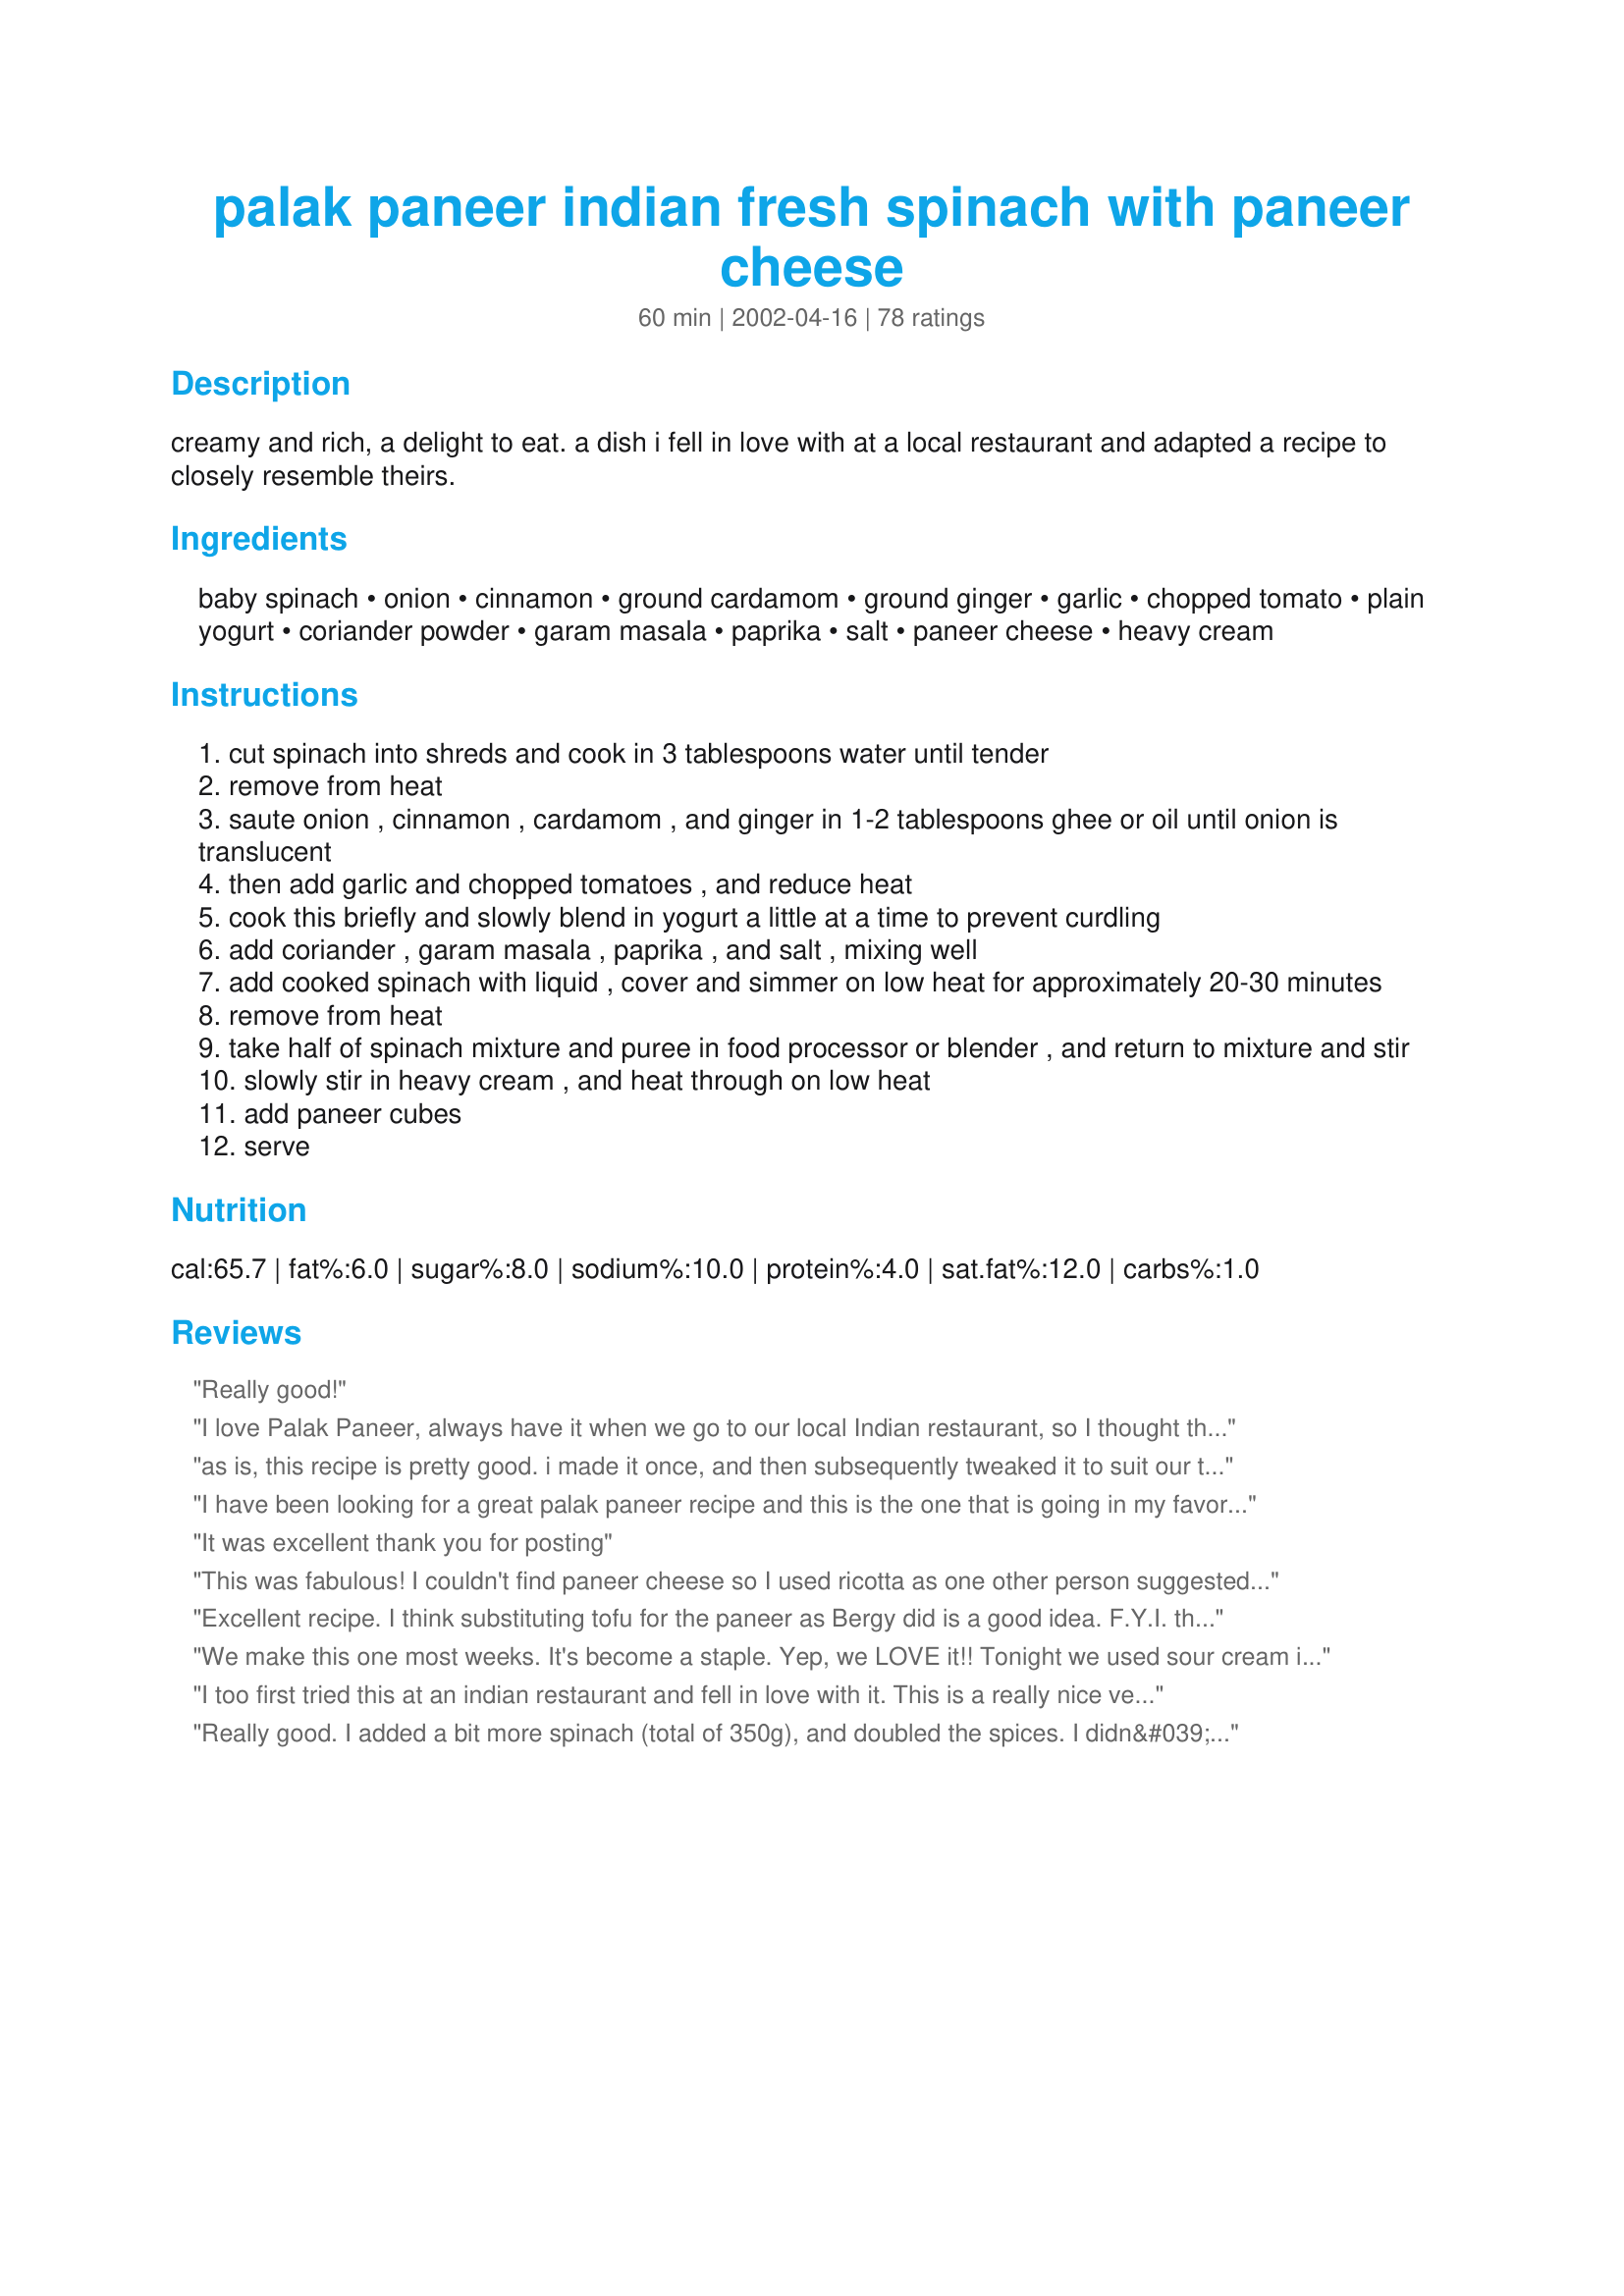
palak paneer indian fresh spinach with paneer cheese
Preparation time: 60 minutes

creamy and rich, a delight to eat. a dish i fell in love with at a local restaurant and adapted a recipe to closely resemble theirs.

Ingredients:
baby spinach, onion, cinnamon, ground cardamom, ground ginger, garlic, chopped tomato, plain yogurt, coriander powder, garam masala, paprika, salt, paneer cheese, heavy cream

Steps:
cut spinach into shreds and cook in 3 tablespoons water until tender
remove from heat
saute onion , cinnamon , cardamom , and ginger in 1-2 tablespoons ghee or oil until onion is translucent
then add garlic and chopped tomatoes , and reduce heat
cook this briefly and slowly blend in yogurt a little at a time to prevent curdling
add coriander , garam masala , paprika , and salt , mixing well
add cooked spinach with liquid , cover and simmer on low heat for approximately 20-30 minutes
remove from heat
take half of spinach mixture and puree in food processor or blender , and return to mixture and stir
slowly stir in heavy cream , and heat through on low heat
add paneer cubes
serve

Reviews:
Really good!
I love Palak Paneer, always have it when we go to our local Indian restaurant, so I thought the time had come to try making it myself......mmm, this was wonderful, thoroughly enjoyed it, and found it very straightforward to prepare. Like some of the others, I didnt pre-cook the spinach, otherwise I stuck to the recipe.

Thank you for a very user-friendly recipe and a wonderful meal!
as is, this recipe is pretty good. i made it once, and then subsequently tweaked it to suit our tastes more. i omitted the paprika and added an equivalent amount of cayenne powder. i also used 3/4tsp each of cumin seeds and mustard seeds and sauteed it along with the onion. i then added the spinach directly to the onion, tomato and spices (i didn't see the need to cook the spinach separately). i also pureed all the spinach and added 4tbsp of half and half at the end of cooking, instead of the yoghurt, this way it turned out super-creamy. it was perfect this way, and i will be making it with these modifications in future.
I have been looking for a great palak paneer recipe and this is the one that is going in my favorites-of-all-time recipe box! Thanks!
It was excellent thank you for posting
This was fabulous! I couldn't find paneer cheese so I used ricotta as one other person suggested. I will definitely make this one again!
Excellent recipe. I think substituting tofu for the paneer as Bergy did is a good idea. F.Y.I. the paneer is very much like tofu and doesn't absorb much flavor. Palak Paneer is one of my favorites at restaurants and I'm glad with to have found this easy recipe. I omitted the tomato (can't eat fresh toms and didn't want to open a can) and left out the paprika because it gives me hives. I also didn't puree part of the spinach just hacked it fine with a sharp spatula. Yum! Thanks!
We make this one most weeks. It's become a staple. Yep, we LOVE it!!
Tonight we used sour cream instead of cream, this made the sauce thicker and we liked it even more. We'll be doing this from now on.
I too first tried this at an indian restaurant and fell in love with it. This is a really nice version of the dish, but a lot milder and less spicy than my local restaurant. I like using fresh ginger and coriander as opposed to dried. I think next time I will add some chopped fresh green chillies to make it hotter.
Really good. I added a bit more spinach (total of 350g), and doubled the spices. I didn&#039;t have ginger so i used allspice instead. It was seriously easy to make and delicious, quite authentic. Just adjust to your taste. I would use more chilli and garlic but that&#039;s just because I really like them.
Just comments this time as the recipe works beautifully but was just not quite what I was looking for! The palak paneer I fell in love with was medium hot and featured fresh cilantro, so I followed the recipe but added red pepper flakes and cilantro. That didn't quite do the trick, I think I need to up all the other spices too next time! Still, this recipe will make a wonderful base for me in trying to recreate the hotter version, thanks for sharing!
This was great!I made a healthier version- used tofu, and used 4 tbs of milk and 1 tbs of half-and -half instead of cream and yogurt (didn't have them in my fridge). it came out better than I thought. The taste was milder than I remembered it to be. Maybe because I used curry powder instead of Garam masala ( didn't have it in my pantry either!)Will definitely try this again with Garam Masala.This was the healthiest version of Palak paneer I ever eaten!
I'll admit it: my first introduction to palak paneer was the frozen dish at Trader Joe's. I do not eat frozen meals, but due to a busy lifestyle, I thought I'd try it. I liked it so much I just knew the home made version would be amazing. This is exactly what I was looking and hoping for. Amazing! As I was cooking I learned that I had no paprika, so I used 1/4 teaspoon of cayenne pepper. This recipe is awesome! Thank you food.com!
This Palak Paneer recipe was very good. I only had my heart set on the taste of the palak paneer my indian restaurant around the corner cooks...
I've tried several Palak Paneer recipes, but this is by far the most authentic tasting, and it is the easiest. I made it exactly as listed, but I used canned tomatoes for added salt (homemade Indian food always needs more salt to me) and I used FF half/half instead of heavy cream. I make this with Naan by pattikay, cucumber raita also by Sue L, and serve it over instant basmati rice. It is mine and my husband's favorite meal of all time. Because we can't get premade paneer in our small town, we make it. Kusum Gupta's Paneer is the easiest on this site. Good luck, happy eats, and have fun! Thanks Sue!
Really fantastic, delicious. Couldn't get better at a restaurant. I made my own fat-free paneer for this and followed the recipe to a T. Next time I will add some cayenne for some heat. I don't think it makes 6 servings though--not for an entree anyway. It came out to 2-3 modest portions. This is a major keeper!
It was a tasty dish. Next time I will not cook it as long after I add the yogurt as I only cooked it 15 minutes on very low heat, stirring twice, but the yogurt started to curdle. You don't need to cook the mixture 20-30 minutes. I used fat free half and half instead of heavy cream to lighten the dish and it still turned out great. Also, although untraditional, I would add some small pieces of cauliflower to this recipe next time. I think that flavor profile would blend well with this dish. It is not too spicy.
Fantastic recipe. I like this much better than our local Indian restaurant's palak paneer. I think I added a little more cream because I had to warm it longer at the end (I could only find frozen paneer.) I used normal spinach leaves, and it made it stringy so next time I'll be sure to find the baby spinach. I feel about twenty pounds overweight from dinner, but fiance and I really loved this. Thanks!!
Oh wow, this was wonderful. I'm not sure the spice blend was as bright as it could have been (if I'd used fresh ginger and toasted/ground my own whole spices), but for an Indian recipe out of my preground-spice pantry, this was amazing. I've always wondered how the restaurants make velvety smooth palak paneer, and now I know: the food processor is my new best friend with spinach! I substituted soft tofu for paneer, to make this easier for my mother to swallow, and I it worked great.
This was great! I used frozen spinach and pureed all of it, but otherwise followed the recipe. A fast and uncomplicated recipe.
Fantastic! I love this recipe. It was not difficult and the results were great. I followed the recipe as written and thought it turned out great. Just as good or better than what I get at my local resturant.
Not exactly what I was looking for, but still pretty tasty. I used whole coriander, and didn't care for the seeds/texture (my fault). Going to try this one again but adjust the spices a little. If you can't find the paneer, an excellent substitute is Mexican Queso Blanco (aka queso fresco) - the texture & taste is very similar.
Great recipe! Pretty much like what you would get for 9$ at an Indian restaurant. I used freshly made garam masala and did not precook the spinach. Didn't have any yogurt so omitted it, although it was still really creamy without. Also substituted tofu for the paneer (yes, not as delicious but healthier, and I needed to use some up). Nicely subtle in the spices. This amount fed two of us; I would probably say serves 2-4 with rice/naan, maybe 6 if you are serving other dishes.
Yum! I veganized this by using coconut milk and a tablespoon of tofutti fake sour cream in place of the yogurt and cream, and tofu marinated in soy sauce and fried (not sure how necessary the frying was, will try it without next time) in place of the paneer. It's wonderful, and I'm dissapointed there won't be leftovers!
This was lovely -- it was not too creamy or overly rich but instead had a very fresh spinach taste, balanced with the cream and tang of yogurt. Spicing is really great, not overkill. I followed this recipe and used the paneer recipe that I found elsewhere on recipezaar. We also had the spiced chickpeas from yogi, and a raita and it was a great meal. Our two year old asked for seconds of everything. Thank you for a super recipe.
One of my favourite dishes in authentic Indian restaurants. This is fast and simple, and tastes great. I modified it according to what I had - like using milk instead of cream, and chili powder instead of paprika. I also added more spinach as per my own personal preferences. This is definitely on the repeat list.
I thought this recipe was very mild as written - with a delicate flavor. Using 1/4 teaspoon of spices what not enough for my tastes. After following the recipe exactly, I had to double and finally triple all the spices and add mustard seeds and cumin (as another reviewer suggested) to make this an outstanding dish comparable to those I've eaten out. I also had to add some sea salt - although salt isn't listed in the ingredients. Salt also helped bring out the lovely flavors of the spinach, paneer and spices.
The only adjustment I made was to use fat free half & half in place of heavy cream. This made the dish suitable for a client who wanted a "lighter" version of this dish.
This palak paneer is WONDERFUL! My husband makes the paneer himself, and as making the meal is quite a process, it is reserved for special occassions. But the spices are perfect and the flavor is divine. I agree with another reviewer in that it is far superior to any we have found so far in an Indian restaurant. We use frozen spinach instead of fresh, and it works beautifully. I highly recommend this one and will definitely be checking out Sue's other recipes!
A keeper, though I used two 9 oz. bags of baby spinach. Other ingredients as written. <br/>Second time, it doubled very nicely, using two large boxes of organic baby spinach. I used a hand blender before adding the paneer and it turned a quite soupy mixture into just the right texture. Extremely well received.
I had this last night for dinner over rice and it was excellent! I used all organic ingredients and made my own panir which I fried in ghee with a bit of turmeric before adding it to the dish. I'll be having this again for sure... no need to change a thing.
I made half a recipe for the two of us and it was great. Loved all the flavors and how they meld together. I made homemade paneer Recipe #207389 to use in the recipe. Served with Recipe #277765, Naan plus puppodums as an appetizer.
This was the tastiest saag paneer / palak paneer I've ever had. We loved it! The changes I made were as follows: Per another user's suggestion we added some cumin. I also fried the cubees of paneer in oil until they browned, before adding them to the recipe. 

Some problems with the recipe itself: I was unclear of whether "coriander" referred to the dried seeds, the dried powder, or fresh cilantro. So I used less than a tablespoon of dried coriander powder and added 1/4 cup of minced fresh cilantro. Also, ghee should be listed in the ingredients list. I needed 2+ tbsp to keep it from sticking to the pot.

I highly recommend this recipe!

Sue, you were right, we both really enjoyed this! It's *slightly* less rich than what we're used to in the restaurants, but that certainly doesn't have to be a bad thing and it's a "tweakable" recipe if one so desires. And I love that you can actually taste the spinach! I fried the paneer in 1 tsp ghee, but otherwise made the recipe as written. Thank you so much for a recipe I can rely on when the craving hits!
Loved this. Made the following changes. Used 1 10 oz package of frozen spinach, defrosted but not drained. I think though next time, I will use half the amount of paneer, and a little bit less coriander.
A perfect combo of spices lets us enjoy the authentic taste of this subzi.
It is fabulous! I always add a little extra salt at the end and it just sets the flavor off perfectly!I also use nonfat cream yogurt to make it a little healthier and is still tastes fab. My family now always requests this to be among the dishes when I am cooking an indian dinner!
We absolutely love this recipe and have made it several times for guests. I use half and half instead of the heavy cream. It freezes really well to reheat for lunch. Both our Indian and American friends give this one two thumbs up!
Very yummy and a hit with the whole family including the 7, and 4 year old and 9 month old baby. Quite mild so if I was making it for myself I would probably add a chilli pepper.
This recipe is okay, though it doesn't taste anything like palak paneer from any Indian restaurant I've been to. I can't quite pinpoint the differences other than that it doesn't taste like true palak paneer. I found the dish needed some salt and something else, though I'm not sure what that is. I probably won't use this recipe again.
This was fantastic! Needed a fast dinner (pulled over in the grocery store parking lot and searched for a fast Indian food recipe) and this delivered. I omitted the paneer (might add fried or baked tofu cubes next time) and didn&#039;t have yogurt, but otherwise followed the recipe exactly. It was really fantastic. Next time I won&#039;t cook the spinach first - just throw it into the pot when you&#039;re supposed to add the cooked spinach. It&#039;ll cook down just fine and save you some time and an extra pan to clean. I also don&#039;t need to blend the mixture since it cooked down enough to be very soft. Excellent recipe and quite healthy. It&#039;s really just a lot of spinach and spices, plus heavy cream. &lt;br/&gt;&lt;br/&gt;Also, this was NOT 6 servings. I&#039;d double this recipe easily next time for 4 servings. Spinach cooks down a LOT.
I am not giving any stars to this recipe because I subbed ingredients. I had never had Paneer cheese so I google it to see if there was a substitute - yes they said firm tofu. so having this on hand I made the recipe using tofu. I had to change the cooking method because the tofu needs to absord flavor. I browned the onions with the cinnamon, cardamon, ginger & tofu on a lightly sprayed fry pan. Then added garlic & chopped tomatoes. Mixed the garam marsala, coriander & paprika with the yogurt (I used 2% yogurt) added a bit more yogurt than called for and used no cream. The end result was delicious - Thanks Sue for inspireing me
Thanks for a great recipe. I omitted the paprika and added some chile. Loved it :)
Wife and I loved it - restaurant quality
Super easy and finger licking good!!! Thanks so much for sharing, this will sure be on my list for any dinners i host.
This is a very good recipe. I've never made palak paneer before in my life but wanted to make it for a potluck. I would have liked it more creamier but the taste of the spinach was definitely wonderful. I too used frozen spinach and didn't cook the spinach separately. Overall it turned out very good and was gobbled up with lots of compliments. Thanks for posting such a great recipe, next time i plan on using more cream.
I agree, more cream is needed and it could use a bit more heat. Also, I used regular frozen spinach and it was stringy and also got strings all caught up in my immersian blender. I replaced yoghurt with sour cream as well, and I think that was fine.
Made it as written - lovely!
WOW!!! I want to give this recipe a zillion stars..this was my first attempt at Palak Paneer and it was a hit with my hubby (a man who is in love with Punjabi food). I tweeked the recipe by adding the cinnamon stick (instead of powder), added whole cardamom pieces and used half & half instead of cream..otherwise everything stayed the same..thanks again for a yummy recipe. Note: make this 1 day before you intend on serving it..the flavors come together beautifully the next day!!
Yummy recipe! Had this for dinner tonight. I'm going to have to make more paneer tomorrow to have with the rest of the spinach! I also didn't know paneer was so easy to make. I love this dish at an Indian restaurant, and am so glad I can now make it at home. Thanks for a great recipe.
I love Indian food, but don't normally find that I have the time to spend over an hour on dinner. This recipe is easy to put together and delicious. My DH who "hates" Indian food and cooked spinach loved this. I didn't have the time to make paneer, so I added cubed firm tofu 10 minutes into the simmering time. I also didn't puree any of the mix. Great recipe! Thanks!
This was a delicious dish. I wanted to use this more as a side dish to a Rogan Josh curry so I cooked the spinach only about 10 minutes and did not puree any of it in the blender, otherwise followed directions as listed with the addition of cumin as well. Wonderful!
Bad can't eat
Very tasty dish. This was so much better than the frozen palak paneer I used to eat before. The spices were balanced just right and not too spicy even with the addition of red chili powder. Like others, I made a few changes to the recipe. I used frozen chopped spinach, added about 1/2 tsp of ground cumin, substituted red chili powder for the paprika, and half and half in place of heavy cream. I used a hand mixer to partially puree the the mixture since I didn't want it too runny. This can be a pretty good base for other recipes too. Next time I'll try adding chicken and other vegetables like potatoes. Thank Sue for a great recipe!
We loved it! The recipe was easy to follow, and I never thought that I could cook serious Indian dish at home. Thank you for posting, and all the other reviews helped as well. We like spices, so I added cumin and cayenne, grounded coriander, and topped with cilantro. I confess to using frozen chopped spinach (thawed), and stuck to 1/2 to be pureed since we like having a bit stewy. I didn't have paneer handy, so I came up with firm tofu cut into cubes and added it right after cream (used half & half) to let the tofu cubes soak up the flavor. It came out lovely, and the tofu had similar to paneer (but milder, of course). If anyone wants to attempt that, I recommend to drain tofu thoroughly first, and wrap with paper towel(s) with a bit of weight on top, while sauce is being prepared. Served it with basmati rice, naan, and raita to make a full meal. Yummy!
This recipe is great! I have never had this dish before but we like spinach, and Indian food (so far), and know it is popular. I am glad we did, it is like creamed spinach, with some spice. Although I might increase the spices a little, and maybe add others, such as nutmeg. I used homemade paneer and frozen chopped spinach, which made pureeing it unnecessary; it was the perfect consistency! Thank you very much
This is a really tasty recipe. I used Stinging Nettles in place of the spinach but followed the recipe pretty much exactly as written. I think I'll add a bit more spice next time as I like this with a stronger flavour. I served it with a combo of wild and brown rice. Thanks for posting I'll make this again.
I have tried 4 or 5 other recipes and found this is the best
This was delectable, and low cal! My husband and I switched the paneer with firm tofu and enjoyed every bit. Thanks!
Thanks for a great recipe that tastes great and is so easy to prepare! I substituted frozen spinach and diced some whole peeled tomatos because I did not have the fresh ingredients on hand. I love to cook Indian food and this is now one of my very favorite recipes. This dish turned out as good as anything I that have tried in restaurants here in the US or in my travels to India!
This is a very good recipe. I tweaked it a little by adding 1/2 tsp of curry powder and dash of cumin powder. I also, added a fresh grated ginger and omittted the coriander did not have any on hand. I used chili ready tomatoes from Walmart and a 1 tbspn of sugar to get rid of the twang. It turned out really good my family and friends love love it!
This is a good recipe, but I was somewhat disappointed. The recipe was hard to follow (what temperature, times, etc) and it turned out very bland compared to restaurant palak paneer. It was a pretty simple dish to make, and tasted really good - it just wasn't what I expected.
Wow! Whenever I go to an Indian restaurant, this is my favorite dish to order. I am so grateful to you that I can now make it at home anytime I want! I made this with Indian Jeera Rice (Recipe #230158) and naan (Recipe #60449). Both my fiance and son loved it, too! Thank you, Sue L!!
I really enjoyed the spice combination....used 10 oz of frozen chopped spinach, thawed and squeezed of moisture before adding. In addition I added more yogurt and a pinch of sugar at the end for creaminess.
The flavor is outstanding. We followed the recipe exactly except for adding a coriander/cumin spice mix vs pure coriander (just what I had in the pantry). We used a wok and a Vitamix blender. This would be a five star recipe if we had pureed 1/4 instead of 1/2 the spinach. With 1/2 there was too much puree and it was more soupy than ideal. However, if you close your eyes it's outstanding. We made homemade paneer using this recipe: http://www.foodnetwork.com/recipes/aarti-sequeira/paneer-homemade-indian-cheese-recipe/index.html
I loved this. It was just as good or better than my favorite indian restaurant. I left out the tomatoes and it was perfect. I'll be making this again. Thanks!
How did I not review this before? Ahhh! This is the most amazing thing I've ever made, I swear. It's perfect. I use fat-free half and half instead of heavy cream and I found that the blending step is unnecessary (the results are different, but good either way). I featured this in my food-blog, which you can see at http://bit.ly/cSYfG9 Thank you so much for sharing this amazing recipe!
Thanx for a great recipe...tried it out last night for dinner loved it...
I fried the paneer cubes lightly into a little golden yellow colour.And following a previous review,I too added a bit of mustard n cumin alongwith the onions..and pureed the entire mixture rather than leaving out half..
All in all..the end result was a delightful creamy aromatic palak paneer...
I made half the recipe as we didn&#039;t have enough spinach to make the whole. It was amazing. Two days later, made it again! (This time I made sure we had enough spinach). Changed nothing. It was perfect. Even after making it once, I felt no need to tweak it, which is highly unusual.
Wow, Sue L - this was delicious! Even my husband who does not like any kind of leaf said so!! The only minor change I made was to puree the full spinach mixture in the blender rather than half as your recipe suggests cos that way my DH would not know what the gravy was :). But he liked it even after I told him what it was. So thank you once, twice and many times more for an easy and tasty way to make my DH eat some leaves!!!
Wonderful! I have used this recipe twice. The first time I added more Garam Masala and the second time I used a spicier Garam Masala. Everybody loved it but the kids wanted the milder version. Thanks!
This is such a delicious recipe for palak paneer. It was better than any I've had around town. Super easy to make, too. Thank you so much!
I've never made Indian food in my life, this was very easy to make and very close to the same flavors. We will definitely make this again, but I would like to try to make a different side dish instead of the one I made. BTW, I didn't have garam masala. I will next time I make this. Oh and I didn't have paneer cheese, but sub with feta (definitely NOT the same). Thanks very much for a keeper!
My wife thanks you. I thank you. This is good stuff.
Amazing! I am addicted! I found this recipe a little laborious to make but well worth the effort and pile of dishes it created. The spices and flavors are spot-on -- tastes just like the palak paneer at my fav Indian restaurant. I used Mexican queso blanco in place of the paneer and it worked perfectly (substitution based on a recommendation from a cooking blog); I was able to buy a bunch of queso blanco at Costco for cheap. I would suggest doubling this recipe, as the spinach cooks down significantly... and it&#039;s so yummy, you&#039;ll wish you had more.
If you can't find paneer in your grocery store, no worries- it's SUPER easy to make paneer at home. I found this recipe: http://www.recipezaar.com/139897 (As always, read the reviews to learn more.) The best part about making paneer at home is you can add your own seasonings while the curds are still hot and fresh. I like to stir in a little bit of fresh garlic and chopped cilantro myself. Then bundle it up in a cloth, twist to tighten a bit, set it in a sieve with something heavy on top of it to press it, and leave overnight in the fridge, setting the whole kaboodle over a bowl or tray of course, to catch the drips. It's so EASY. Also, the recipe above calls for lemon juice, but any acidic juice will work. I like lime, myself. Heather U, I hope you'll give it a try!
Amazing flavor! My family and I loved it. We will definitely make it again. To make sure I get all the benefits of eating greens, I use my pure clay pot to cook it. The steam locker lid hold almost all the steam and seal essential water soluble nutrients in giving you the healthiest food possible. Most importantly, it metal and chemical free (does not react with the food). I got mine from mecware.US (online)
I wonder when I'll try one of your recipes and NOT like it, Sue...this is yet another winner. Perfect balance of spices, and worked well with fat free half and half instead of cream. I chose not to blend any of the mixture simply because I like a bit of texture (not altogether authentic but there you have it). I didn't find paneer at our grocery store, so I used ricotta instead. It blended in rather than showing as chunks, and I rather liked that. Fresh naan was a perfect complement to sop up the delicious sauce this produced. Posted Sept 18, 2004. UPDATE: Prepared this again for the umpteenth time. Discovered that chunks of feta cheese work well as a substitute for paneer. Delicious!
I've made this recipe several times now. My family LOVES it. We used to order from a fabulous restaurant, but moved away. And regardless of what other reviews say, I found this to be very true to the best of the best restaurant versions I've had. (Paneer cubes are super easy to make; but Mexican queso blanco works very well, too.)
